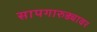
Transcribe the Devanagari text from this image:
सापगारुड्यावर